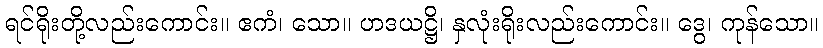
ရင်ရိုးတို့လည်းကောင်း။ ဧကံ၊ သော။ ဟဒယဋ္ဌိ၊ နှလုံးရိုးလည်းကောင်း။ ဒွေ၊ ကုန်သော။